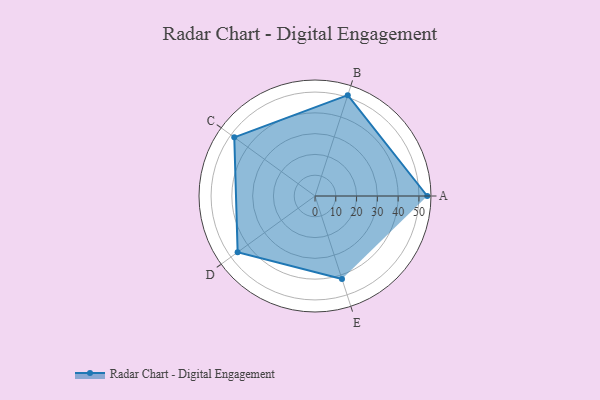
{"axis": {"x": "Skill", "y": "Score"}, "legend": ["Profile"], "data": [{"x": "A", "y": 54.0, "type": "Profile"}, {"x": "B", "y": 51.0, "type": "Profile"}, {"x": "C", "y": 48.0, "type": "Profile"}, {"x": "D", "y": 46.0, "type": "Profile"}, {"x": "E", "y": 42.0, "type": "Profile"}]}